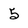
Character: 5